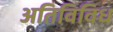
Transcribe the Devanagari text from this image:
अतिविविध